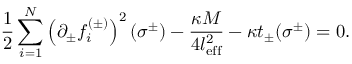
\frac 1 2 \sum _ { i = 1 } ^ { N } \left( \partial _ { \pm } f _ { i } ^ { ( \pm ) } \right) ^ { 2 } ( \sigma ^ { \pm } ) - \frac { \kappa M } { 4 l _ { \mathrm { e f f } } ^ { 2 } } - \kappa t _ { \pm } ( \sigma ^ { \pm } ) = 0 .